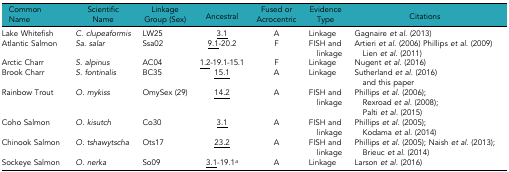
<table><thead><tr><td><b>Common Name</b></td><td><b>Scientific Name</b></td><td><b>Linkage Group (Sex)</b></td><td><b>Ancestral</b></td><td><b>Fused or Acrocentric</b></td><td><b>Evidence Type</b></td><td><b>Citations</b></td></tr></thead><tbody><tr><td>Lake Whitefish</td><td><i>C. clupeaformis</i></td><td>LW25</td><td><underline>3.1</underline></td><td>A</td><td>Linkage</td><td>Gagnaire <i>et al.</i> (2013)</td></tr><tr><td>Atlantic Salmon</td><td><i>Sa. salar</i></td><td>Ssa02</td><td><underline>9.1</underline>-20.2</td><td>F</td><td>FISH and linkage</td><td>Artieri <i>et al.</i> (2006)Phillips <i>et al.</i> (2009)Lien <i>et al.</i> (2011)</td></tr><tr><td>Arctic Charr</td><td><i>S. alpinus</i></td><td>AC04</td><td><underline>1.2</underline>-19.1-15.1</td><td>F</td><td>Linkage</td><td>Nugent <i>et al.</i> (2016)</td></tr><tr><td>Brook Charr</td><td><i>S. fontinalis</i></td><td>BC35</td><td><underline>15.1</underline></td><td>A</td><td>Linkage</td><td>Sutherland <i>et al.</i> (2016) and this paper</td></tr><tr><td>Rainbow Trout</td><td><i>O. mykiss</i></td><td>OmySex (29)</td><td><underline>14.2</underline></td><td>A</td><td>FISH and linkage</td><td>Phillips <i>et al.</i> (2006); Rexroad <i>et al.</i> (2008); Palti <i>et al.</i> (2015)</td></tr><tr><td>Coho Salmon</td><td><i>O. kisutch</i></td><td>Co30</td><td><underline>3.1</underline></td><td>A</td><td>FISH and linkage</td><td>Phillips <i>et al.</i> (2005); Kodama <i>et al.</i> (2014)</td></tr><tr><td>Chinook Salmon</td><td><i>O. tshawytscha</i></td><td>Ots17</td><td><underline>23.2</underline></td><td>A</td><td>FISH and linkage</td><td>Phillips <i>et al.</i> (2005); Naish <i>et al.</i> (2013); Brieuc <i>et al.</i> (2014)</td></tr><tr><td>Sockeye Salmon</td><td><i>O. nerka</i></td><td>So09</td><td><underline>3.1</underline>-19.1<i><sup>a</sup></i></td><td>A</td><td>Linkage</td><td>Larson <i>et al.</i> (2016)</td></tr></tbody></table>